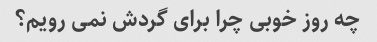
چه روز خوبی چرا برای گردش نمی رویم؟